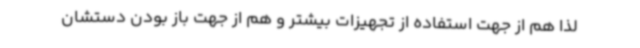
لذا هم از جهت استفاده از تجهیزات بیشتر و هم از جهت باز بودن دستشان